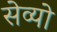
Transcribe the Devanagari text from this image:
सेव्यो